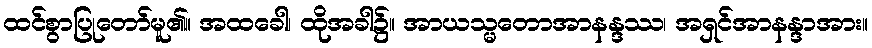
ထင်စွာပြုတော်မူ၏။ အထခေါ၊ ထိုအခါ၌။ အာယသ္မတောအာနန္ဒဿ၊ အရှင်အာနန္ဒာအား။